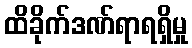
ထိခိုက်ဒဏ်ရာရရှိမှု